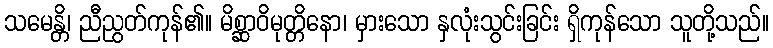
သမေန္တိ၊ ညီညွတ်ကုန်၏။ မိစ္ဆာဝိမုတ္တိနော၊ မှားသော နှလုံးသွင်းခြင်း ရှိကုန်သော သူတို့သည်။